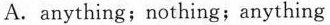
A.anything;nothing;anything